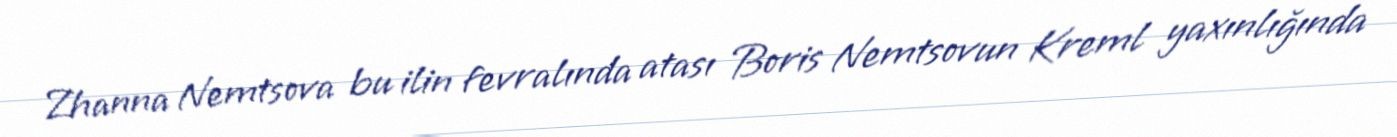
Zhanna Nemtsova bu ilin fevralında atası Boris Nemtsovun Kreml yaxınlığında